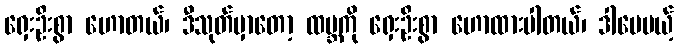
ရှေးဦးစွာ ဟောတယ်၊ ဒီသုတ်မှာတော့ ထမ္ဘကို ရှေးဦးစွာ ဟောထားပါတယ်၊ ဒါပေမယ့်